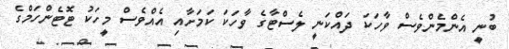
ބުނީ އެންމެންވެސް ވާހަކަ ދައްކަނީ ލެސްޓާގެ ވާހަކަ ކަމަށާއި އެއްވެސް މީހަކު ޓޮޓެންހަމްގެ